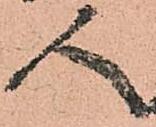
人